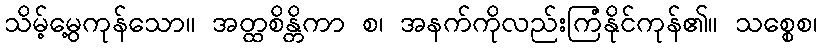
သိမ့်မွေ့ကုန်သော။ အတ္ထစိန္တိကာ စ၊ အနက်ကိုလည်းကြံနိုင်ကုန်၏။ သစ္စေစ၊